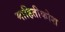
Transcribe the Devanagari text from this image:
माहितीकोश